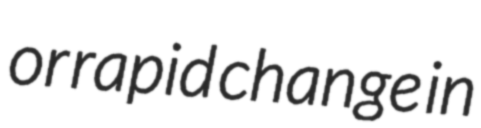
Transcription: or rapid change in